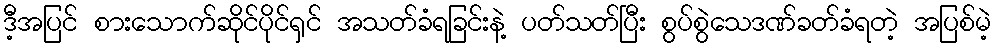
ဒီ့အပြင် စားသောက်ဆိုင်ပိုင်ရှင် အသတ်ခံရခြင်းနဲ့ ပတ်သတ်ပြီး စွပ်စွဲသေဒဏ်ခတ်ခံရတဲ့ အပြစ်မဲ့